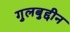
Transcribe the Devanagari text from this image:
गुलबुद्दीन